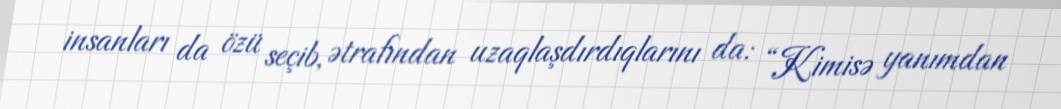
insanları da özü seçib, ətrafından uzaqlaşdırdıqlarını da: “Kimisə yanımdan